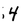
Character: 4